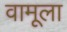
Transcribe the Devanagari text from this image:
वामूला